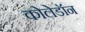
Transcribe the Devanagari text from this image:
कोलेडॉन